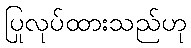
ပြုလုပ်ထားသည်ဟု